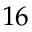
1 6